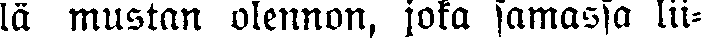
lä mustan olennon, joka samassa lii-